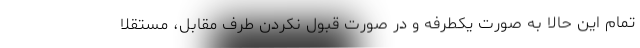
تمام این حالا به صورت یکطرفه و در صورت قبول نکردن طرف مقابل، مستقلا